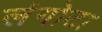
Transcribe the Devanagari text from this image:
लंगोटा